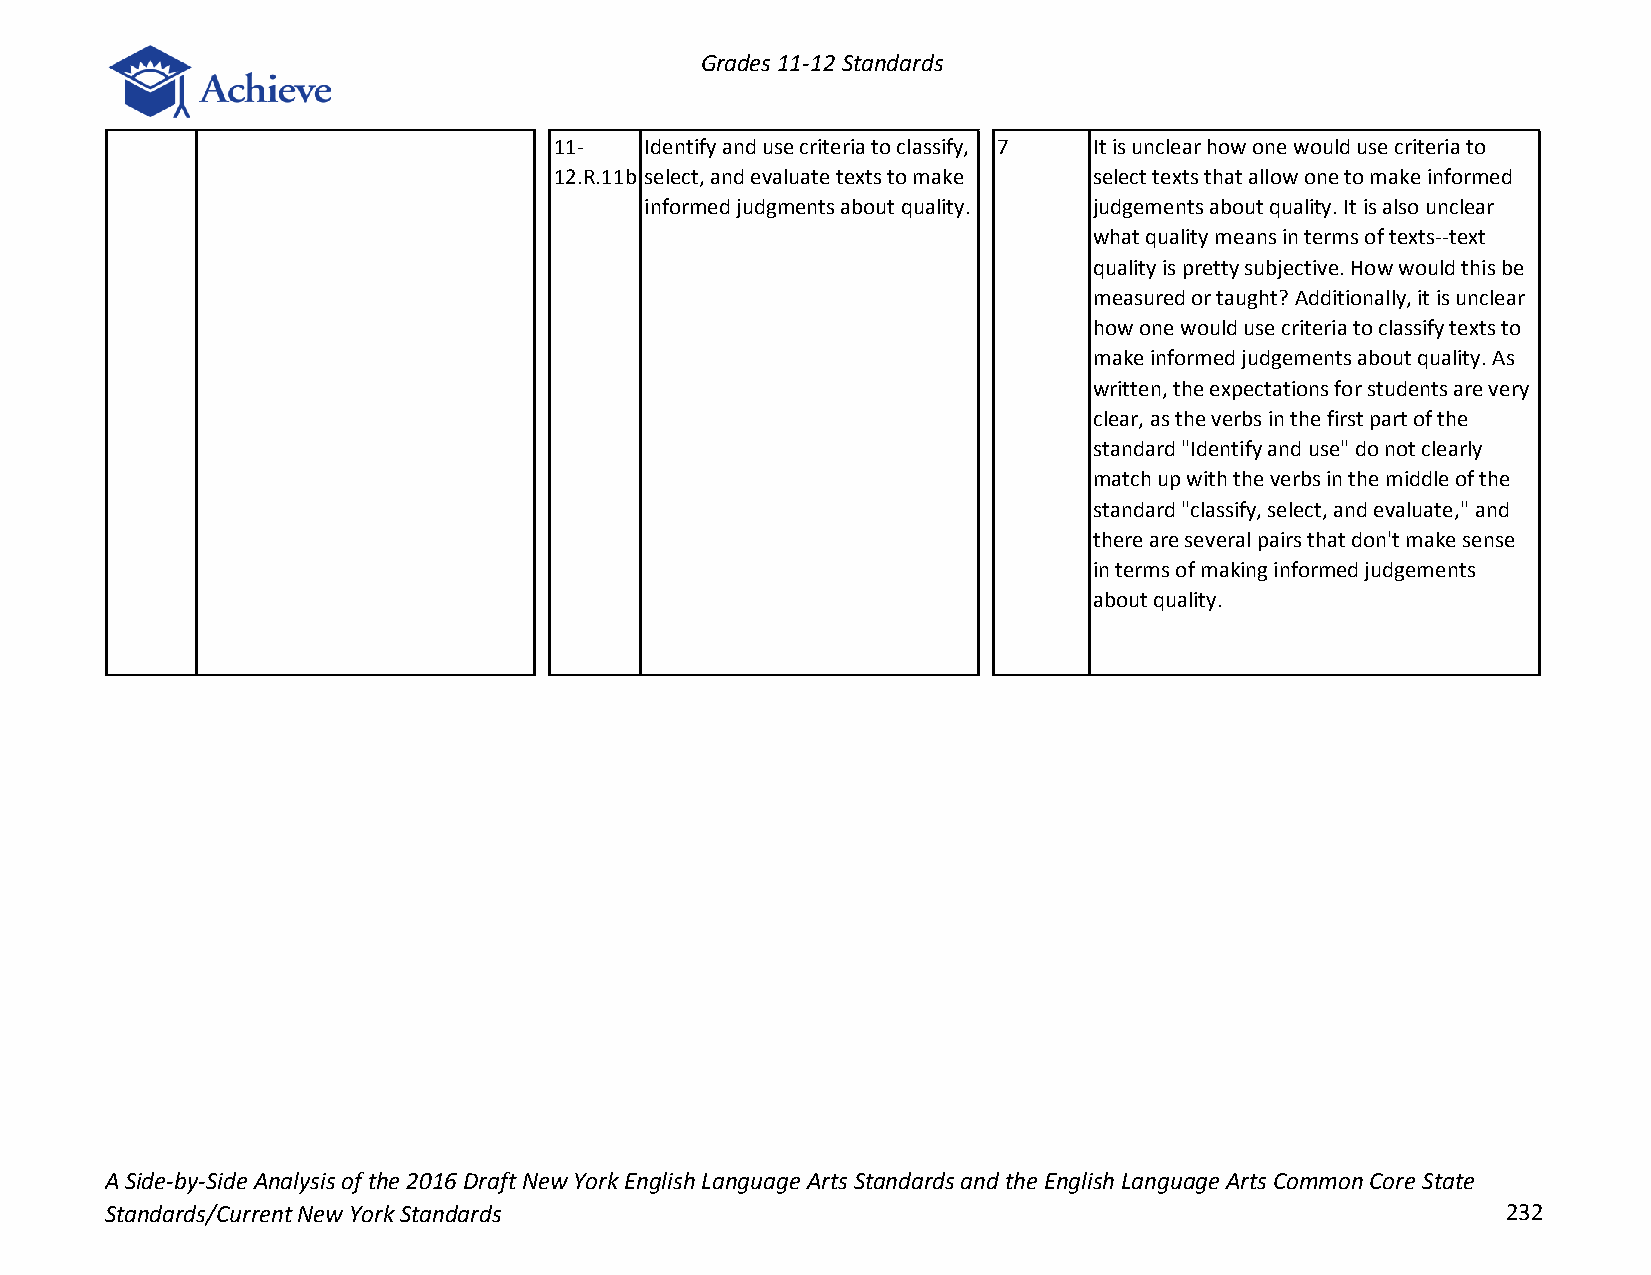
Grades 11-12 Standards
 11-   Identify and use criteria to classify, 7 It is unclear how one would use criteria to
 12.R.11b select, and evaluate texts to make select texts that allow one to make informed
 informed judgments about quality. judgements about quality. It is also unclear
 what quality means in terms of texts--text
 quality is pretty subjective. How would this be
 measured or taught? Additionally, it is unclear
 how one would use criteria to classify texts to
 make informed judgements about quality. As
 written, the expectations for students are very
 clear, as the verbs in the first part of the
 standard "Identify and use" do not clearly
 match up with the verbs in the middle of the
 standard "classify, select, and evaluate," and
 there are several pairs that don't make sense
 in terms of making informed judgements
 about quality.
 A Side-by-Side Analysis of the 2016 Draft New York English Language Arts Standards and the English Language Arts Common Core State
 Standards/Current New York Standards                                                         232